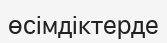
өсімдіктерде